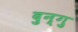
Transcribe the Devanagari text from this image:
दुन्गु